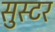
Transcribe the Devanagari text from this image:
सुस्टर